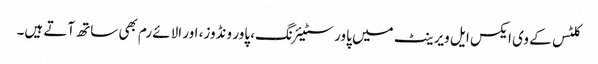
کلٹس کے وی ایکس ایل ویرینٹ میں پاور سٹیئرنگ، پاور ونڈوز، اور الائے رم بھی ساتھ آتے ہیں۔